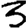
Digit: 3